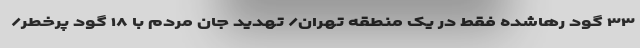
۳۳ گود رهاشده فقط در یک منطقه تهران/ تهدید جان مردم با ۱۸ گود پرخطر/